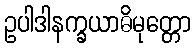
ဥပါဒါနက္ခယာဓိမုတ္တော